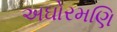
અઘોરમણિ